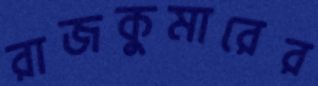
রাজকুমারের